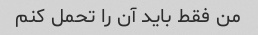
من فقط باید آن را تحمل کنم